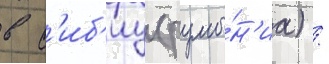
в с'иб'иу (румы́н'иа) /